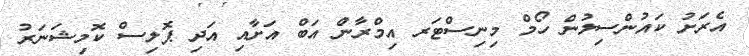
އެރަށު ކައުންސިލުން ހޯމް މިނިސްޓަރ އިމްރާން އަބް އަށާއި އަދި ޕޮލިސް ކޮމިޝަނަރު